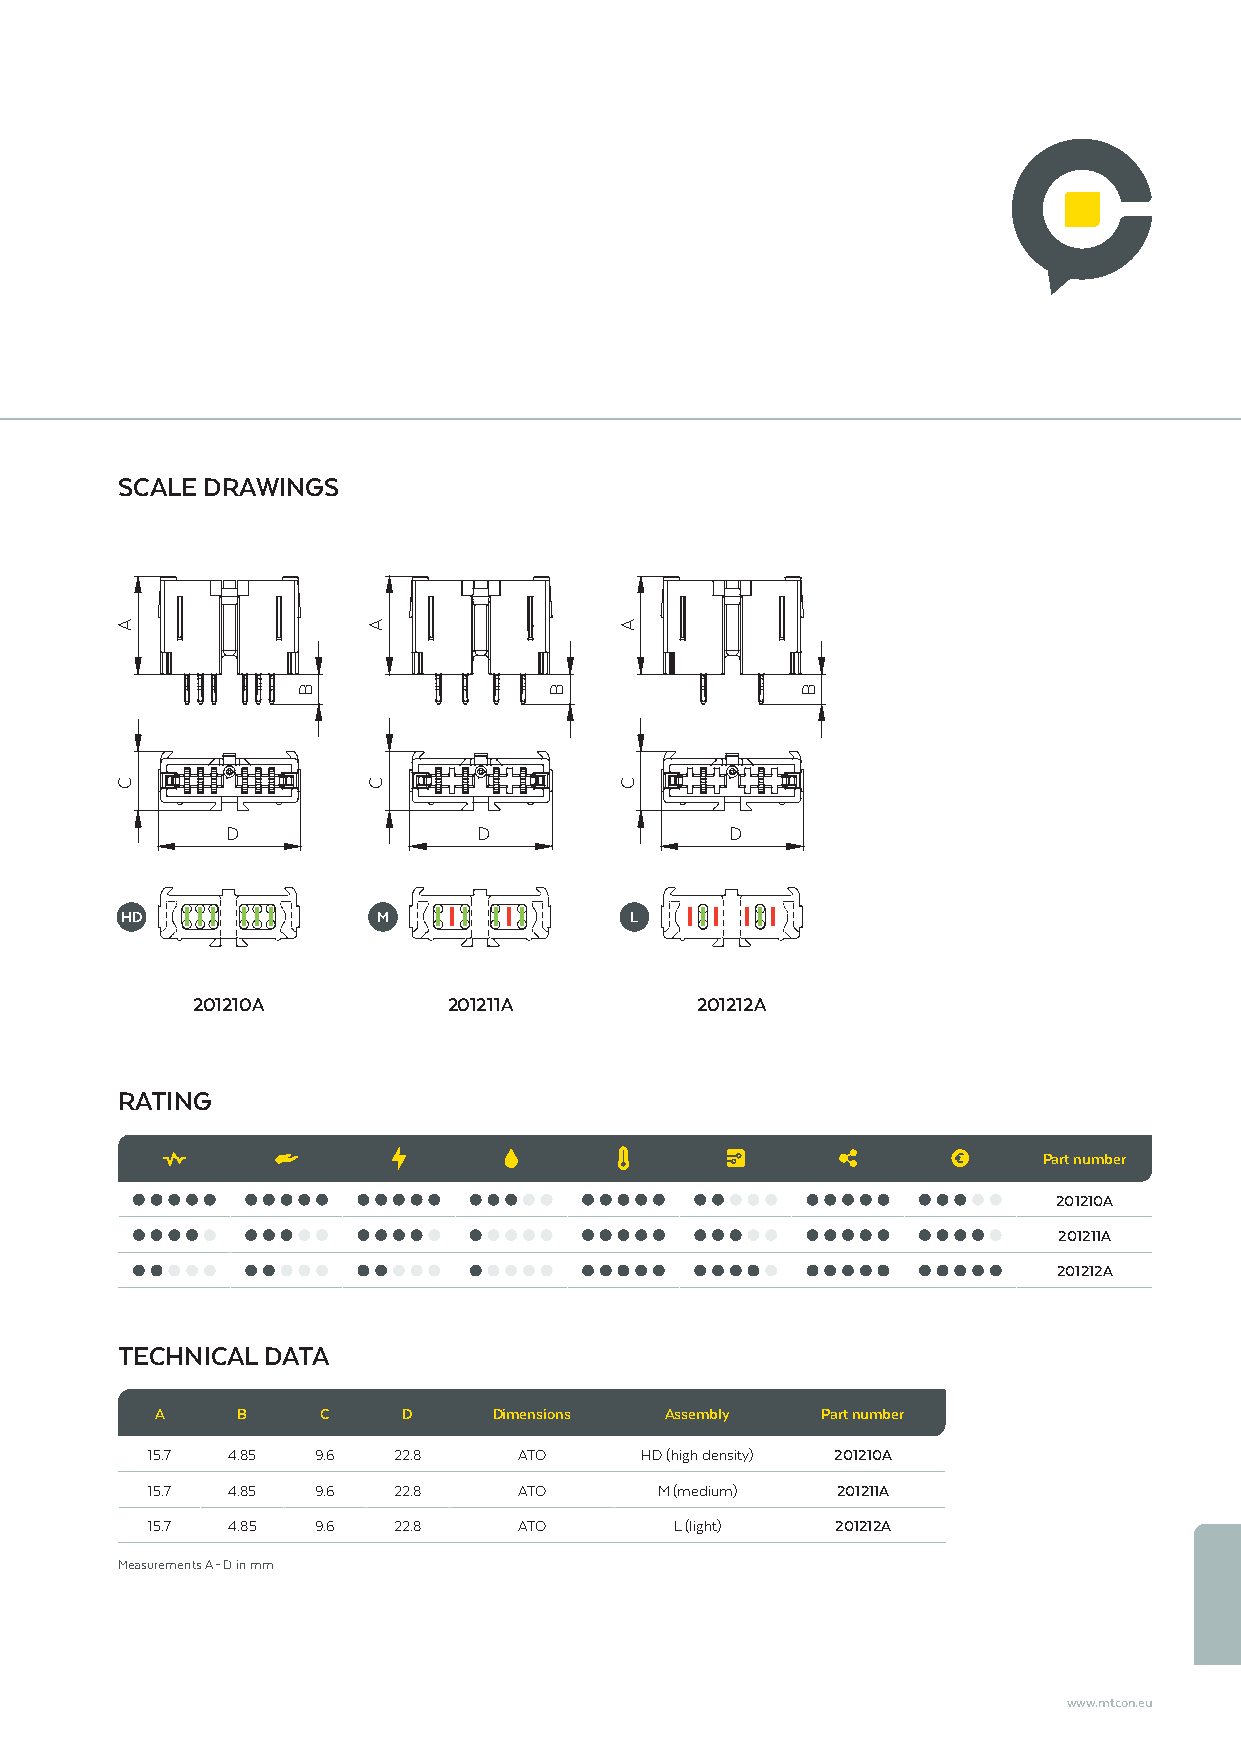
SCALE DRAWINGS
 D                D               D
 HD               M                L
 201210A          201211A         201212A
 RATING
 Part number
 201210A
 201211A
 201212A
 TECHNICAL DATA
 A     B    C     D     Dimensions Assembly  Part number
 15.7 4.85  9.6  22.8    ATO     HD (high density) 201210A
 15.7 4.85  9.6  22.8    ATO       M (medium) 201211A
 15.7 4.85  9.6  22.8    ATO        L (light) 201212A
 Measurements A – D in mm
 www.mtcon.eu
 A
 C
 B
 A
 C
 B
 A
 C
 B